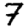
Digit: 7